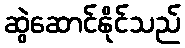
ဆွဲဆောင်နိုင်သည်